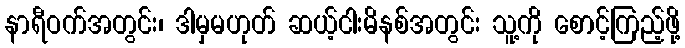
နာရီဝက်အတွင်း၊ ဒါမှမဟုတ် ဆယ့်ငါးမိနစ်အတွင်း သူ့ကို စောင့်ကြည့်ဖို့